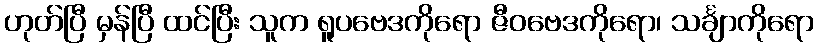
ဟုတ်ပြီ မှန်ပြီ ထင်ပြီး သူက ရူပဗေဒကိုရော ဇီဝဗေဒကိုရော၊ သင်္ချာကိုရော